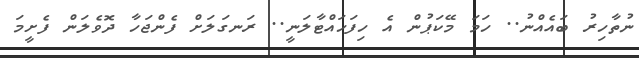
ނުތާހިރު ބައެއްނު.. ހަމަ މޭކަޕުން އެ ހިފަހައްޓާލަނީ.. ރަނގަލަށް ފެންޖަހާ ދޮވެލަން ފެށީމަ